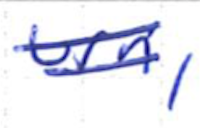
Text: urn,
Cross-out: mix
Writing tool: ballpoint